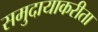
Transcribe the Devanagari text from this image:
समुदायाकरीता